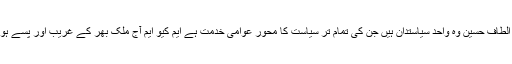
اس موقع پر کے ایم او سی کے جوائنٹ انچارج اور صوبائی وزیر نثاراحمد پنہور نے کہا کہ جناب الطاف حسین وہ واحد سیاستدان ہیں جن کی تمام تر سیاست کا محور عوامی خدمت ہے ایم کیو ایم آج ملک بھر کے غریب اور پسے ہوئے عوام کے مسائل کی واحد ترجمان ہے اور ان کو مسائل سے نجات دلانے کے لئے کوشاں ہے ۔